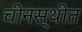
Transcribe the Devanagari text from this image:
चीनस्थीत